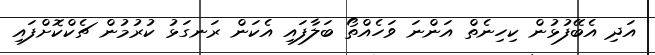
އަދި އެބޭފުޅުން ކިހިނެތް އަންނަ ވަހެއްތޯ ބަލާފައި އެކަން ރަނގަޅު ކުރުމުން ޗެކްކޮށްފައި